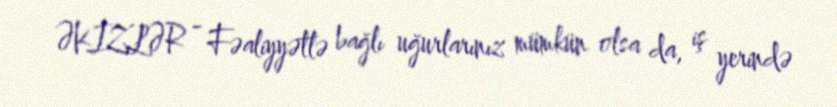
ƏKİZLƏR - Fəaliyyətlə bağlı uğurlarınız mümkün olsa da, iş yerində